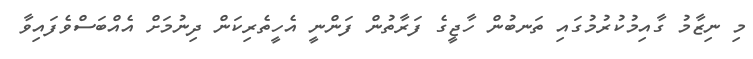
މި ނިޒާމު ގާއިމުކުރުމުގައި ތަނބުން ހާޖީގެ ފަރާތުން ފަންނީ އެހީތެރިކަން ދިނުމަށް އެއްބަސްވެފައިވާ